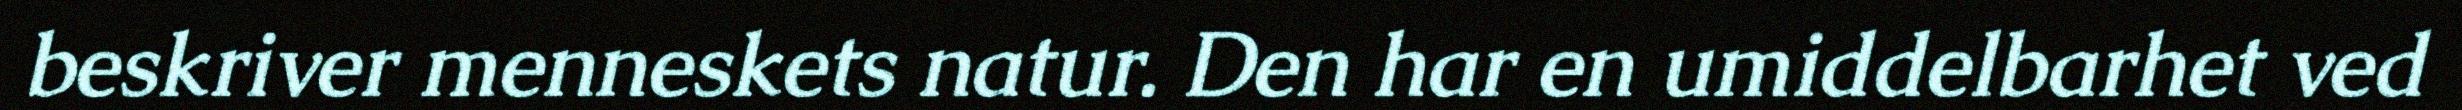
beskriver menneskets natur. Den har en umiddelbarhet ved